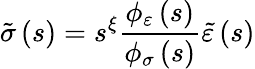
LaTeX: \tilde{\sigma}\left(s\right)=s^{\xi}\frac{\phi_{\varepsilon}\left(s\right)}{\phi_{\sigma}\left(s\right)}\tilde{\varepsilon}\left(s\right)